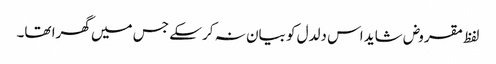
لفظ مقروض شاید اس دلدل کو بیان نہ کر سکے جس میں گھرا تھا۔